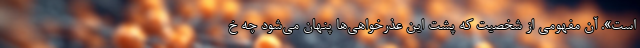
است». آن مفهومی از شخصیت که پشت این عذرخواهی‌ها پنهان می‌شود چه خ